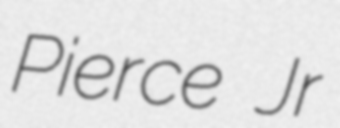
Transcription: Pierce Jr